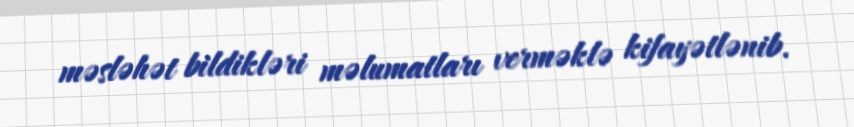
məsləhət bildikləri məlumatları verməklə kifayətlənib.